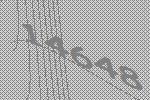
14648